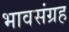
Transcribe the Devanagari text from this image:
भावसंग्रह